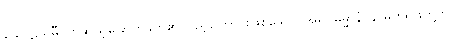
သောဠသမီ၊ တဆယ့်ခြောက်ခုတို့၏ ပြည့်ကြောင်းဖြစ်သော။ အရူပဓမ္မာနံ၊ နာမ်တရားတို့ကို။